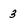
Character: 3